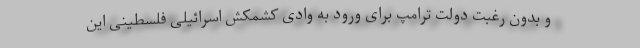
و بدون رغبت دولت ترامپ برای ورود به وادی کشمکش اسرائیلی فلسطینی این